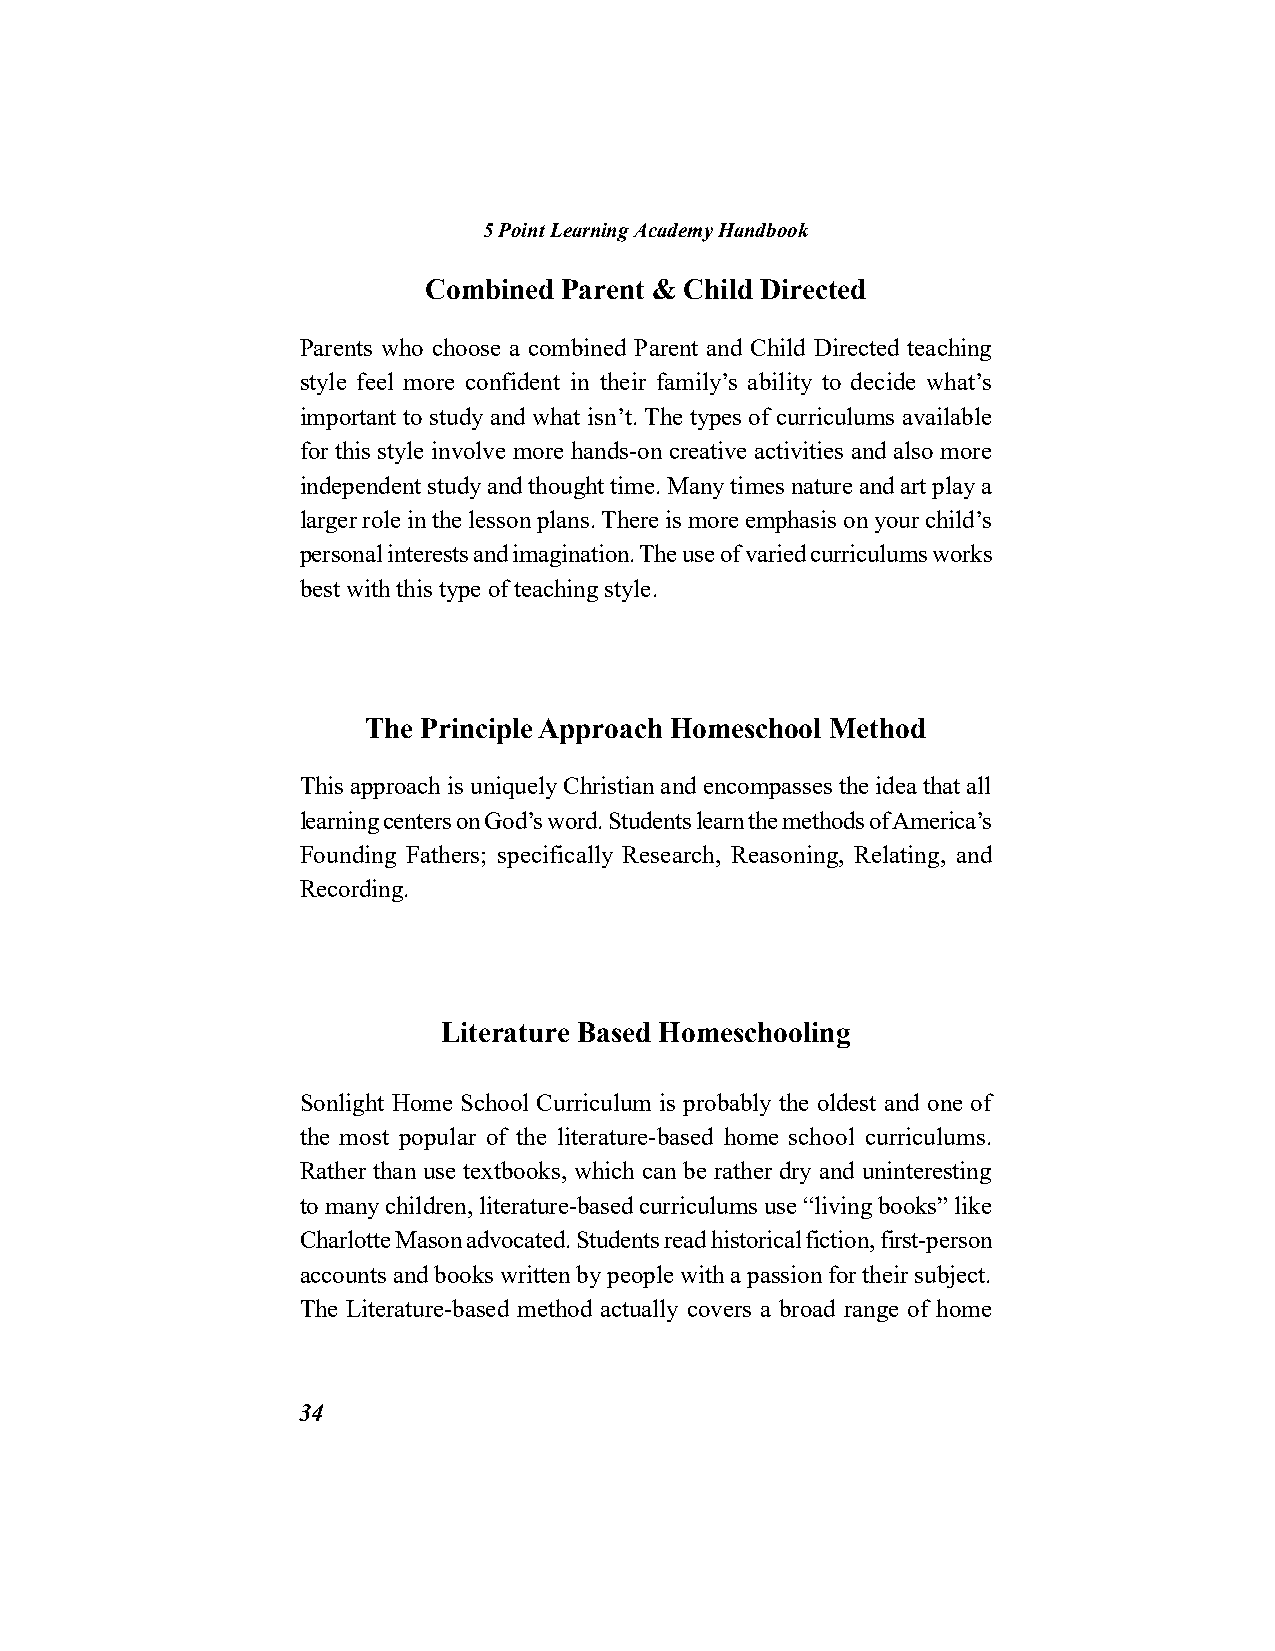
5 Point Learning Academy Handbook
 Combined Parent & Child Directed
 Parents who choose a combined Parent and Child Directed teaching
 style feel more confident in their family’s ability to decide what’s
 important to study and what isn’t. The types of curriculums available
 for this style involve more hands-on creative activities and also more
 independent study and thought time. Many times nature and art play a
 larger role in the lesson plans. There is more emphasis on your child’s
 personal interests and imagination. The use of varied curriculums works
 best with this type of teaching style.
 The Principle Approach Homeschool Method
 This approach is uniquely Christian and encompasses the idea that all
 learning centers on God’s word. Students learn the methods of America’s
 Founding Fathers; specifically Research, Reasoning, Relating, and
 Recording.
 Literature Based Homeschooling
 Sonlight Home School Curriculum is probably the oldest and one of
 the most popular of the literature-based home school curriculums.
 Rather than use textbooks, which can be rather dry and uninteresting
 to many children, literature-based curriculums use “living books” like
 Charlotte Mason advocated. Students read historical fiction, first-person
 accounts and books written by people with a passion for their subject.
 The Literature-based method actually covers a broad range of home
 34